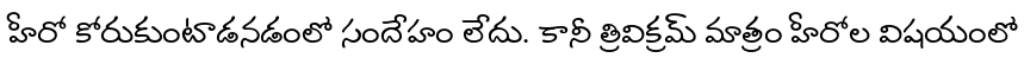
హీరో కోరుకుంటాడనడంలో సందేహం లేదు. కానీ త్రివిక్రమ్ మాత్రం హీరోల విషయంలో